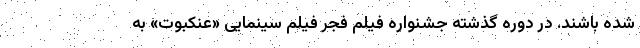
شده باشند. در دوره گذشته جشنواره فیلم فجر فیلم سینمایی «عنکبوت» به